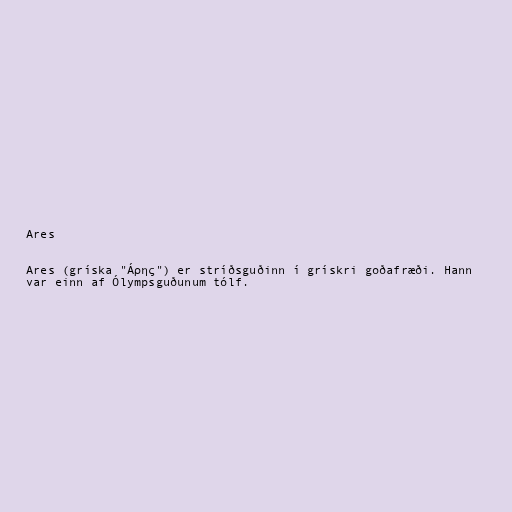
Ares

Ares (gríska "Áρης") er stríðsguðinn í grískri goðafræði. Hann
var einn af Ólympsguðunum tólf.